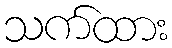
သက်ထား